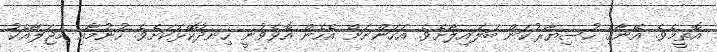
އޮތީމެވެ. އޭނާގެ ހުސިޔާރުކަން ބަލައިލާށެވެ. އަހަންނަށް އެހެން އޮވެވުނީ ހިނދުކޮޅަކަށެވެ. ހުނުމާއި މަޖަލާއެކު